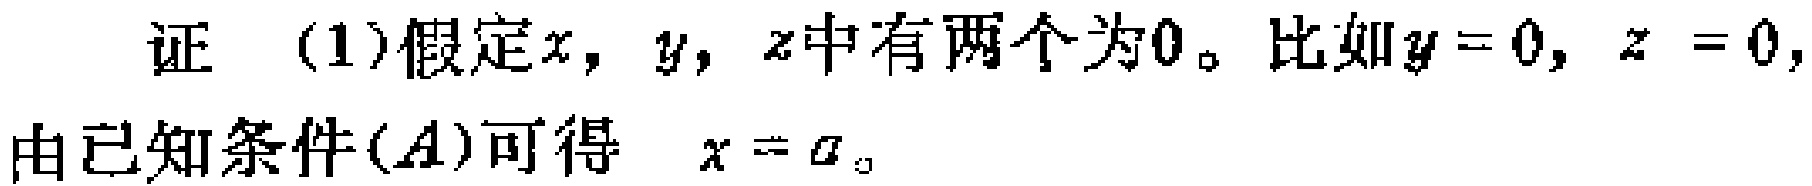
证 (1)假定\(x,y,z\)中有两个为\(0\)。比如\(y = 0,z = 0\)，由已知条件\((A)\)可得 \(x = a\)。